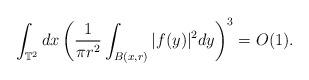
LaTeX: \begin{align*}\int_{\mathbb{T}^2}dx \left(\frac{1}{\pi r^2}\int_{B(x,r)}|f(y)|^2dy\right)^3=O(1). \end{align*}